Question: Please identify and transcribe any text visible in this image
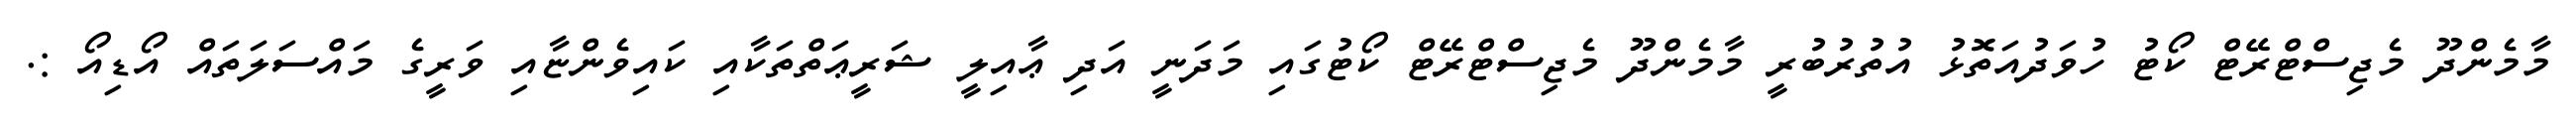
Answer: މާމެންދޫ މެޖިސްޓްރޭޓް ކޯޓު ހުވަދުއަތޮޅު އުތުރުބުރީ މާމެންދޫ މެޖިސްޓްރޭޓް ކޯޓުގައި މަދަނީ އަދި ޢާއިލީ ޝަރީޢަތްތަކާއި ކައިވެންޏާއި ވަރީގެ މައްސަލަތައް އޯޑިއޯ :.